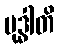
ဗုဒ္ဓါတိ